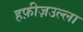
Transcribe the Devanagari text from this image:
हफ़ीज़उल्ला